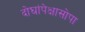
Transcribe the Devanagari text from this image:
दोघांपेक्षासोपा